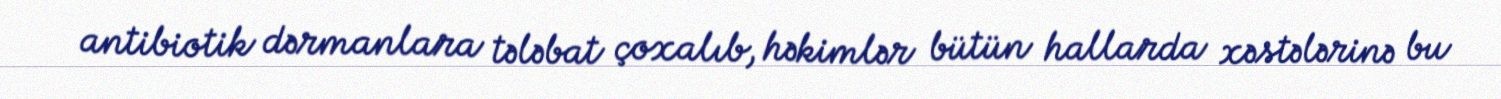
antibiotik dərmanlara tələbat çoxalıb, həkimlər bütün hallarda xəstələrinə bu